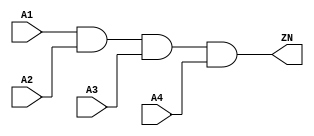
module AND4_X1 (A1, A2, A3, A4, ZN);
  input A1;
  input A2;
  input A3;
  input A4;
  output ZN;

  and(ZN, i_8, A4);
  and(i_8, i_9, A3);
  and(i_9, A1, A2);


endmodule